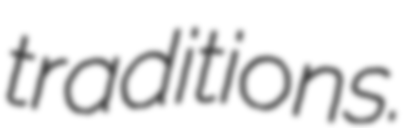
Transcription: traditions.